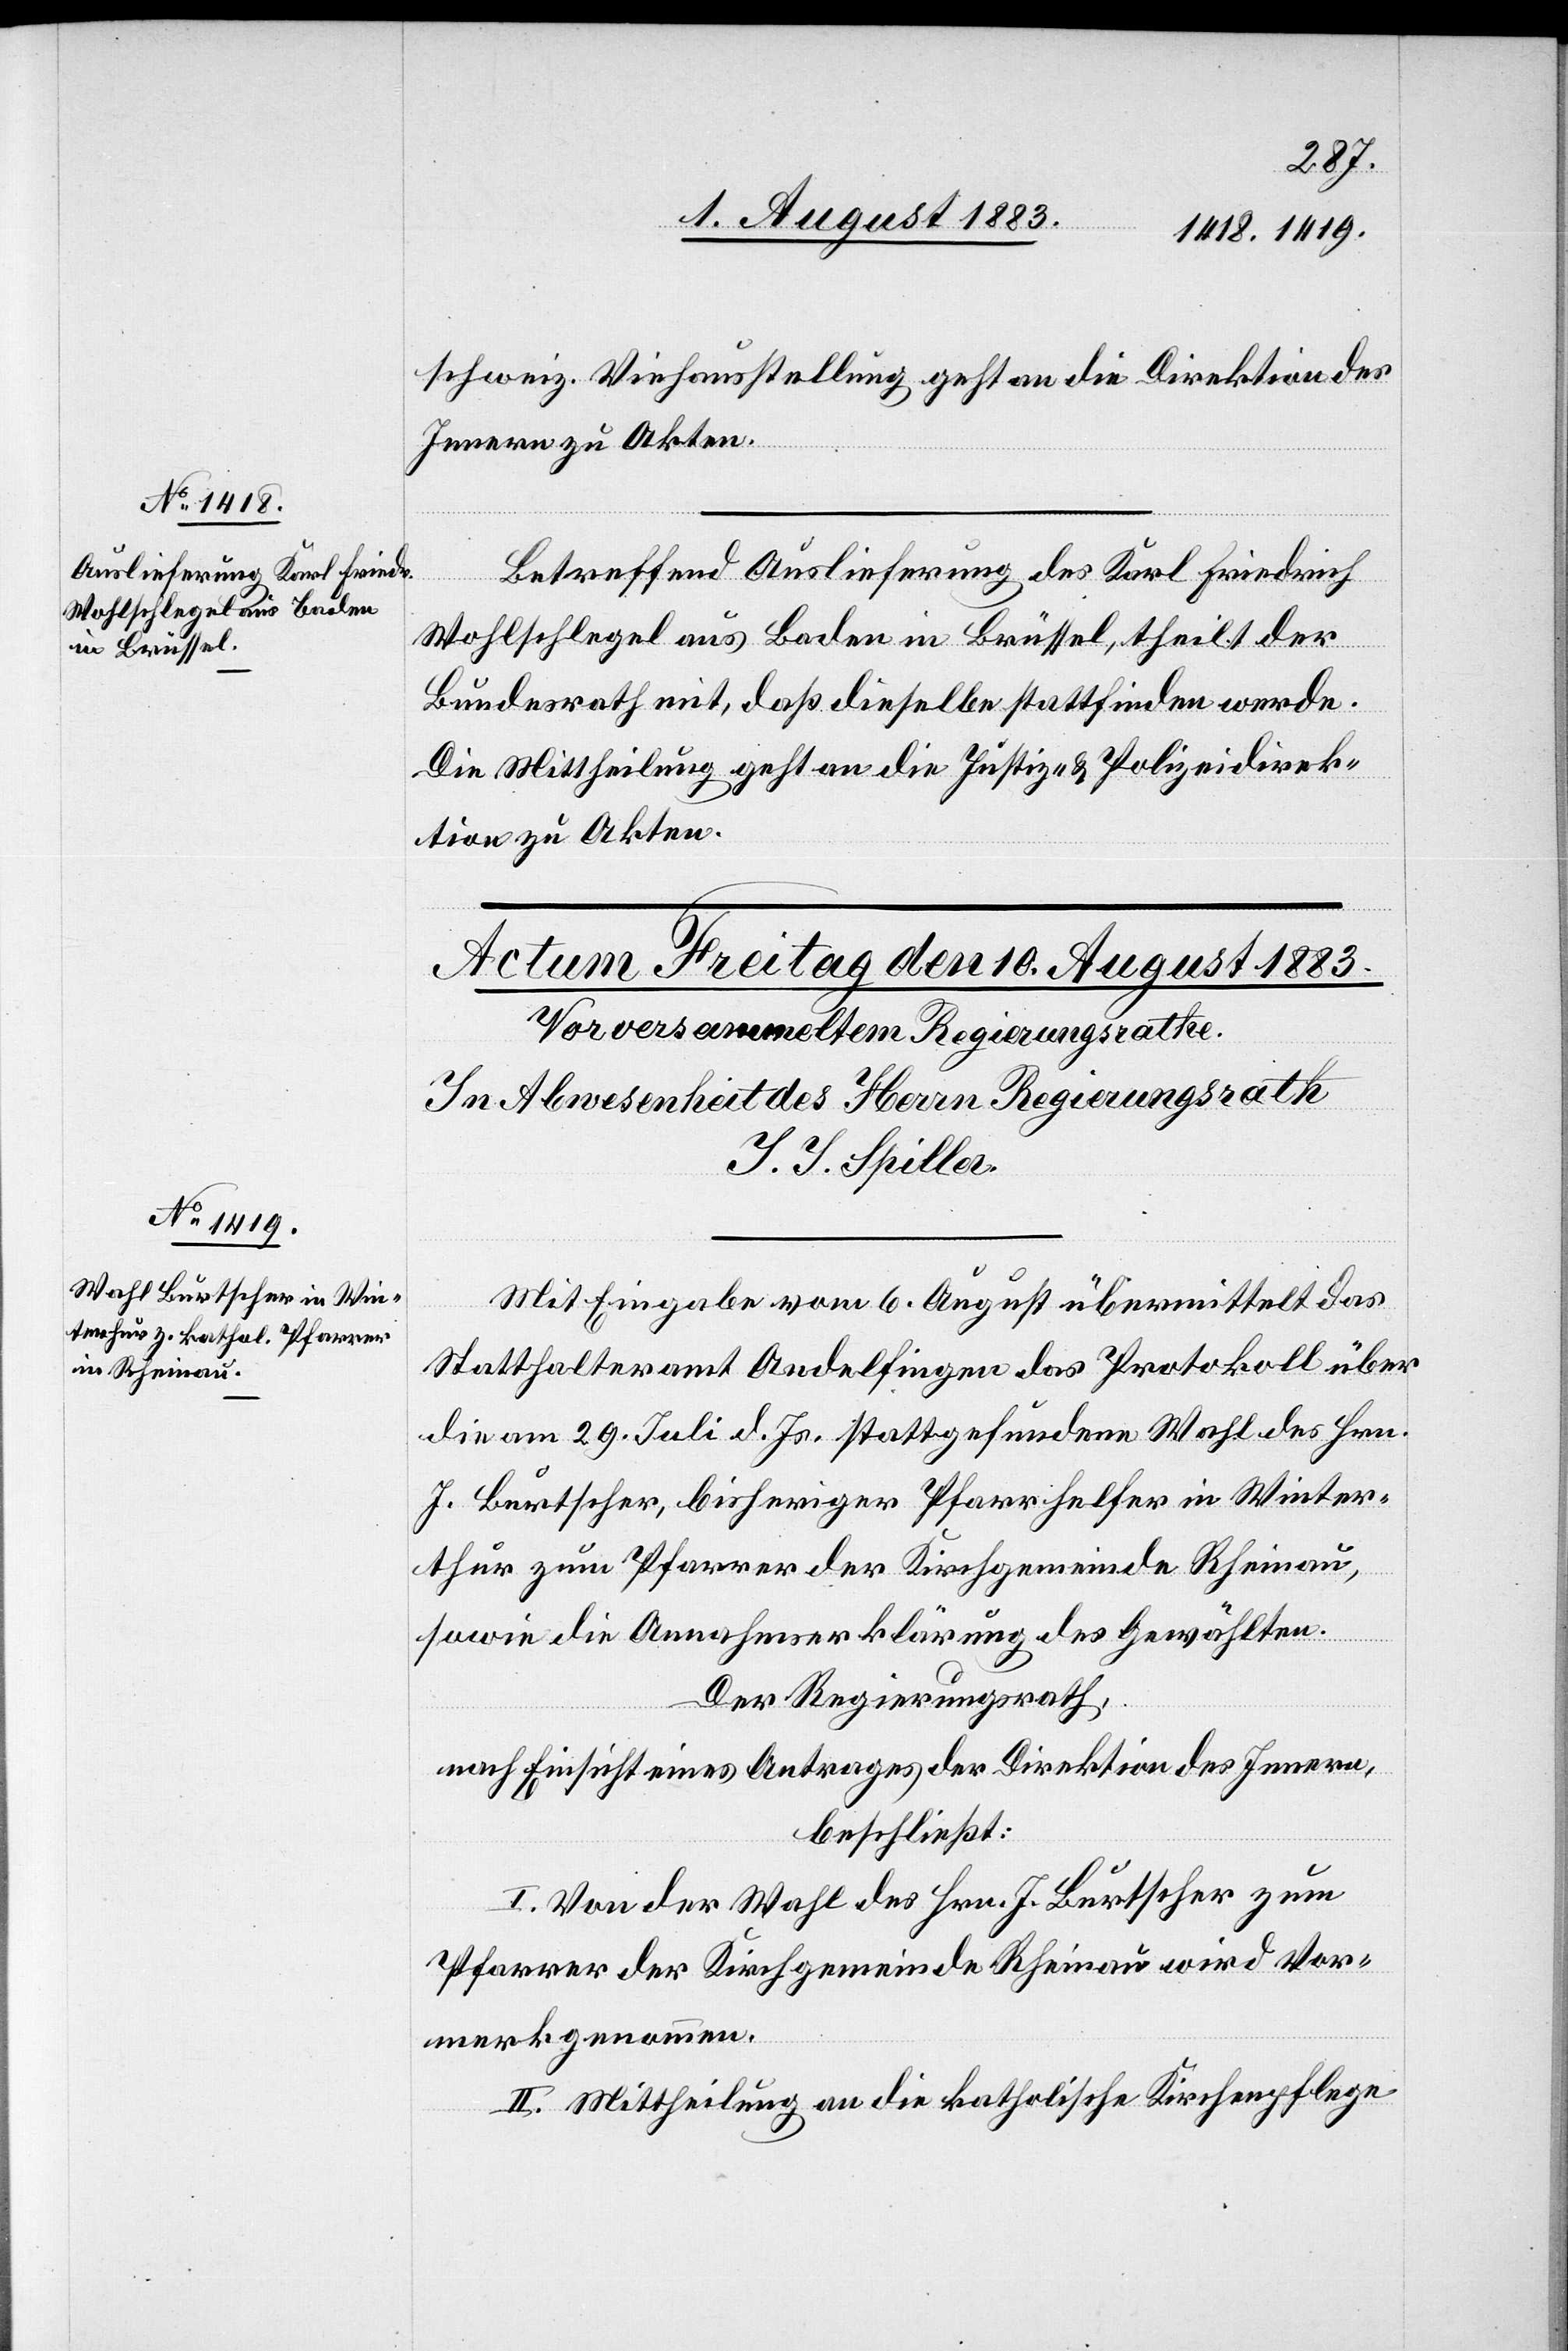
9. August 1883.]
schweiz. Viehausstellung geht an die Direktion des
Innern zu Akten.
Betreffend Auslieferung des Karl Friedrich
Wohlschlegel aus Baden in Brüssel, theilt der
Bundesrath mit, daß dieselbe stattfinden werde.
Die Mittheilung geht an die Justiz- & Polizeidirek¬
tion zu Akten.
Mit Eingabe vom 6. August übermittelt das
Statthalteramt Andelfingen das Protokoll über
die am 29. Juli d. Js. stattgefundene Wahl des Hrn.
J. Burtscher, bisheriger Pfarrhelfer in Winter¬
thur zum Pfarrer der Kirchgemeinde Rheinau,
sowie die Annahmserklärung des Gewählten.
Der Regierungsrath,
nach Einsicht eines Antrages der Direktion des Innern,
beschließt:
I. Von der Wahl des Hrn. J. Burtscher zum
Pfarrer der Kirchgemeinde Rheinau wird Vor¬
merk genommen.
II. Mittheilung an die katholische Kirchenpflege